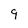
Character: 9